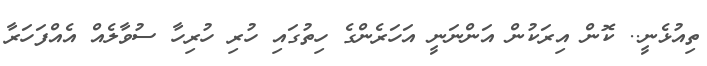
ތިއުޅެނީ.. ކޮން އިރަކުން އަންނަނީ އަހަރެންގެ ހިތުގައި ހުރި ހުރިހާ ސުވާލެއް އެއްފަހަރާ